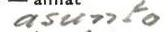
asunto